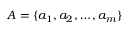
A = \{ a _ { 1 } , a _ { 2 } , \dots , a _ { m } \}